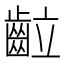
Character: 䶘